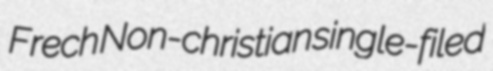
Frech Non-christian single-filed